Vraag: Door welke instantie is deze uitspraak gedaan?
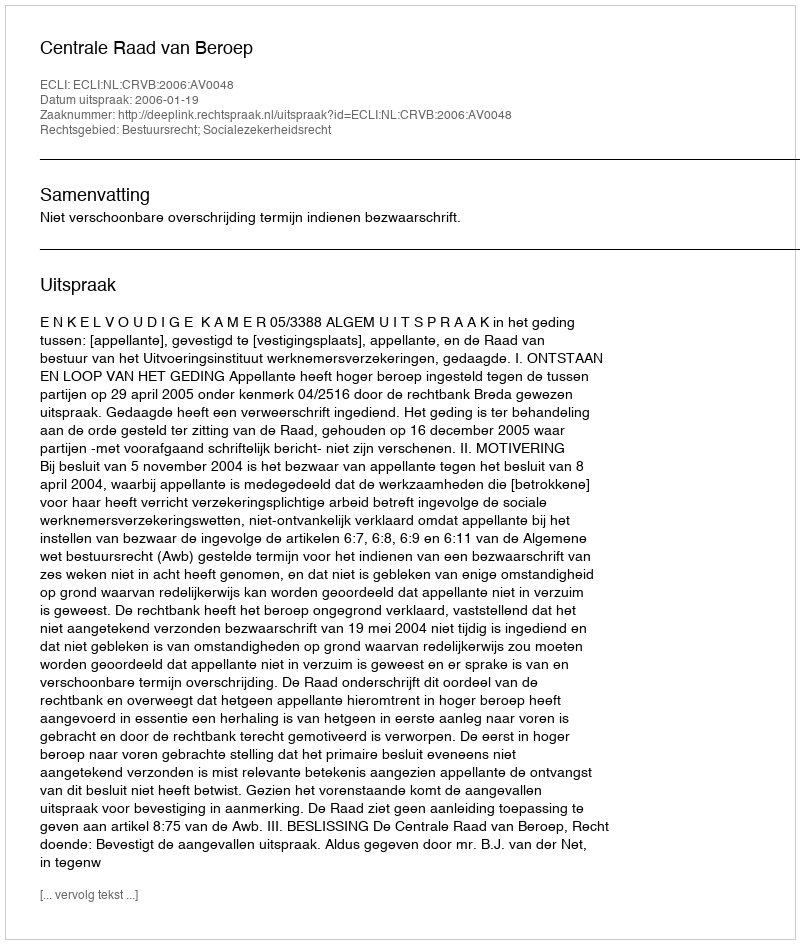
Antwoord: Centrale Raad van Beroep